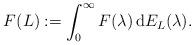
LaTeX: \begin{align*}F(L):=\int_0^{\infty}F(\lambda) \, {\rm d}E_L(\lambda).\end{align*}